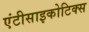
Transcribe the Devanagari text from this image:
एंटीसाइकोटिक्स